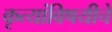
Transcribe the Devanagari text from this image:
कृत्यांविषयीचे